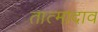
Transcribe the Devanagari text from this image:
तात्मादाव